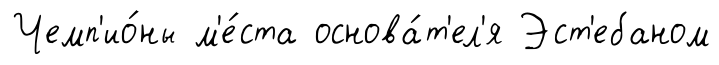
Чемп'ио́ны м'е́ста основа́т'ел'я Эст'ебаном